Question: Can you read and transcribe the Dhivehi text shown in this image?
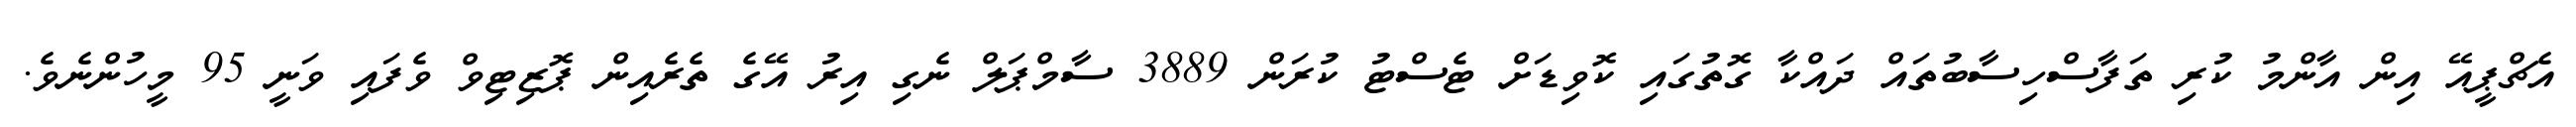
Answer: އެޗްޕީއޭ އިން އާންމު ކުރި ތަފާސްހިސާބުތައް ދައްކާ ގޮތުގައި ކޮވިޑަށް ޓެސްޓު ކުރަން 3889 ސާމްޕަލް ނެގި އިރު އޭގެ ތެރެއިން ޕޮޒިޓިވް ވެފައި ވަނީ 95 މީހުންނެވެ.